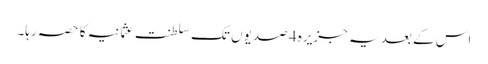
اس کے بعد یہ جزیرہ 4 صدیوں تک سلطنت عثمانیہ کا حصہ رہا۔